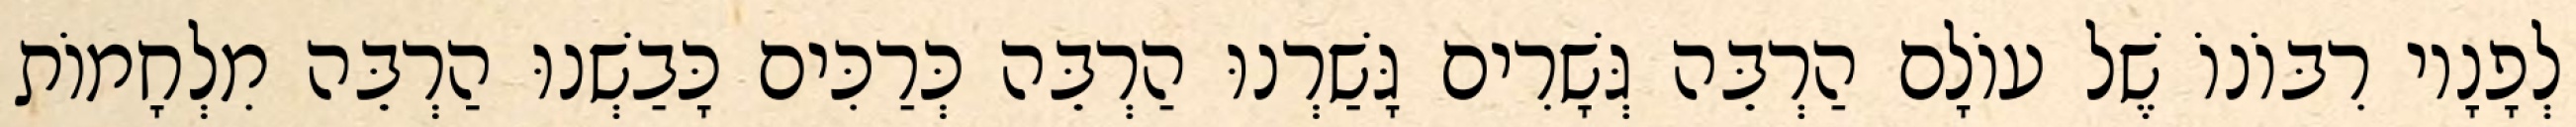
לְפָנָיו רִבּוֹנוֹ שֶׁל עוֹלָם הַרְבֵּה גְּשָׁרִים גָּשַׁרְנוּ הַרְבֵּה כְּרַכִּים כָּבַשְׁנוּ הַרְבֵּה מִלְחָמוֹת